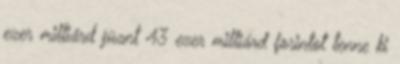
ezer milliárd jüant 43 ezer milliárd forintot tenne ki